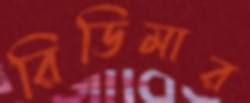
রিডিমার